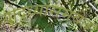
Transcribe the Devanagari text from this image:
योद्ध्यांसमवेत